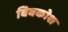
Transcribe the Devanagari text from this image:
विवकोश